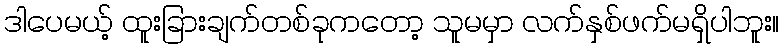
ဒါပေမယ့် ထူးခြားချက်တစ်ခုကတော့ သူမမှာ လက်နှစ်ဖက်မရှိပါဘူး။